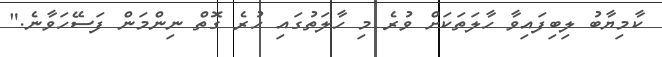
ކާމިޔާބު ލިބިފައިވާ ހާލަތަކަށް ވުރެ މި ހާލަތުގައި ހުރެ ގޮތް ނިންމަން ފަސޭހަވާނެ."